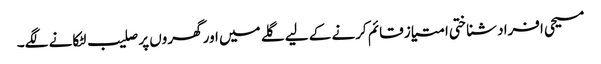
مسیحی افراد شناختی امتیاز قائم کرنے کے لیے گلے میں اور گھروں پر صلیب لٹکانے لگے۔